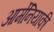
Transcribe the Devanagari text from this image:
आर्मेनियाकी